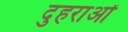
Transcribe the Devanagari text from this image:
दुहराओं